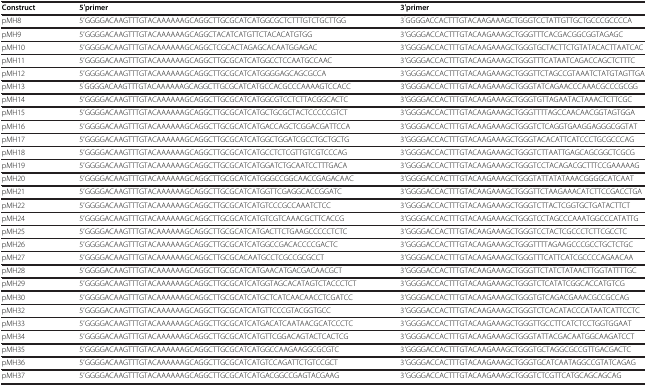
<table><thead><tr><td><b>Construct</b></td><td><b>5′primer</b></td><td><b>3′primer</b></td></tr></thead><tbody><tr><td>pMH8</td><td>5′GGGGACAAGTTTGTACAAAAAAGCAGGCTTGCGCATCATGGCGCTCTTTGTCTGCTTGG</td><td>3<sup>′</sup>GGGGACCACTTTGTACAAGAAAGCTGGGTCCTATTGTTGCTGCCCGCCCCA</td></tr><tr><td>pMH9</td><td>5′GGGGACAAGTTTGTACAAAAAAGCAGGCTACATCATGTTCTACACATGTGG</td><td>3′GGGGACCACTTTGTACAAGAAAGCTGGGTTTCACGACGGCGGTAGAGC</td></tr><tr><td>pMH10</td><td>5′GGGGACAAGTTTGTACAAAAAAGCAGGCTCGCACTAGAGCACAATGGAGAC</td><td>3′GGGGACCACTTTGTACAAGAAAGCTGGGTGCTACTTCTGTATACACTTAATCAC</td></tr><tr><td>pMH11</td><td>5′GGGGACAAGTTTGTACAAAAAAGCAGGCTTGCGCATCATGGCCTCCAATGCCAAC</td><td>3′GGGGACCACTTTGTACAAGAAAGCTGGGTTTCATAATCAGACCAGCTCTTTC</td></tr><tr><td>pMH12</td><td>5′GGGGACAAGTTTGTACAAAAAAGCAGGCTTGCGCATCATGGGGAGCAGCGCCA</td><td>3′GGGGACCACTTTGTACAAGAAAGCTGGGTTCTAGCCGTAAATCTATGTAGTTGA</td></tr><tr><td>pMH13</td><td>5<sup>′</sup>GGGGACAAGTTTGTACAAAAAAGCAGGCTTGCGCATCATGCCACGCCCAAAAGTCCACC</td><td>3′GGGGACCACTTTGTACAAGAAAGCTGGGTATCAGAACCCAAACGCCCGCGG</td></tr><tr><td>pMH14</td><td>5′GGGGACAAGTTTGTACAAAAAAGCAGGCTTGCGCATCATGGCGTCCTCTTACGGCACTC</td><td>3′GGGGACCACTTTGTACAAGAAAGCTGGGTGTTAGAATACTAAACTCTTCGC</td></tr><tr><td>pMH15</td><td>5′GGGGACAAGTTTGTACAAAAAAGCAGGCTTGCGCATCATGCTGCGCTACTCCCCCGTCT</td><td>3′GGGGACCACTTTGTACAAGAAAGCTGGGTTTTAGCCAACAACGGTAGTGGA</td></tr><tr><td>pMH16</td><td>5′GGGGACAAGTTTGTACAAAAAAGCAGGCTTGCGCATCATGACCAGCTCGGACGATTCCA</td><td>3′GGGGACCACTTTGTACAAGAAAGCTGGGTCTCAGGTGAAGGAGGGCGGTAT</td></tr><tr><td>pMH17</td><td>5′GGGGACAAGTTTGTACAAAAAAGCAGGCTTGCGCATCATGGCTGGATCGCCTGCTGCTG</td><td>3′GGGGACCACTTTGTACAAGAAAGCTGGGTACACATTCATCCCTGCGCCCAG</td></tr><tr><td>pMH18</td><td>5′GGGGACAAGTTTGTACAAAAAAGCAGGCTTGCGCATCATGCCTCTCGTTGTCGTCCCAG</td><td>3′GGGGACCACTTTGTACAAGAAAGCTGGGTCTTAATTGAGCAGCGGCTCGCG</td></tr><tr><td>pMH19</td><td>5′GGGGACAAGTTTGTACAAAAAAGCAGGCTTGCGCATCATGGATCTGCAATCCTTTGACA</td><td>3′GGGGACCACTTTGTACAAGAAAGCTGGGTCCTACAGACGCTTTCCGAAAAAG</td></tr><tr><td>pMH20</td><td>5′GGGGACAAGTTTGTACAAAAAAGCAGGCTTGCGCATCATGGGCCGGCAACCGAGACAAC</td><td>3′GGGGACCACTTTGTACAAGAAAGCTGGGTATTATATAAACGGGGCATCAAT</td></tr><tr><td>pMH21</td><td>5′GGGGACAAGTTTGTACAAAAAAGCAGGCTTGCGCATCATGGTTCGAGGCACCGGATC</td><td>3′GGGGACCACTTTGTACAAGAAAGCTGGGTTCTAAGAAACATCTTCCGACCTGA</td></tr><tr><td>pMH22</td><td>5′GGGGACAAGTTTGTACAAAAAAGCAGGCTTGCGCATCATGTCCCGCCAAATCTCC</td><td>3′GGGGACCACTTTGTACAAGAAAGCTGGGTCTTACTCGGTGCTGATACTTCT</td></tr><tr><td>pMH24</td><td>5′GGGGACAAGTTTGTACAAAAAAGCAGGCTTGCGCATCATGTCGTCAAACGCTTCACCG</td><td>3′GGGGACCACTTTGTACAAGAAAGCTGGGTCCTAGCCCAAATGGCCCATATTG</td></tr><tr><td>pMH25</td><td>5′GGGGACAAGTTTGTACAAAAAAGCAGGCTTGCGCATCATGACTTCTGAAGCCCCCTCTC</td><td>3′GGGGACCACTTTGTACAAGAAAGCTGGGTCCTACTCGCCCTCTTCGCCTC</td></tr><tr><td>pMH26</td><td>5′GGGGACAAGTTTGTACAAAAAAGCAGGCTTGCGCATCATGGCCGACACCCCGACTC</td><td>3′GGGGACCACTTTGTACAAGAAAGCTGGGTTTTAGAAGCCCGCCTGCTCTGC</td></tr><tr><td>pMH27</td><td>5′GGGGACAAGTTTGTACAAAAAAGCAGGCTTGCGCACAATGCCTCGCCGCGCCT</td><td>3′GGGGACCACTTTGTACAAGAAAGCTGGGTTTCATTCATCGCCCCAGAACAA</td></tr><tr><td>pMH28</td><td>5′GGGGACAAGTTTGTACAAAAAAGCAGGCTTGCGCATCATGAACATGACGACAACGCT</td><td>3′GGGGACCACTTTGTACAAGAAAGCTGGGTTCTATCTATAACTTGGTATTTTGC</td></tr><tr><td>pMH29</td><td>5′GGGGACAAGTTTGTACAAAAAAGCAGGCTTGCGCATCATGGTAGCACATAGTCTACCCTCT</td><td>3′GGGGACCACTTTGTACAAGAAAGCTGGGTCTCATATCGGCACCATGTCG</td></tr><tr><td>pMH30</td><td>5′GGGGACAAGTTTGTACAAAAAAGCAGGCTTGCGCATCATGCTCATCAACAACCTCGATCC</td><td>3′GGGGACCACTTTGTACAAGAAAGCTGGGTGTCAGACGAAACGCCGCCAG</td></tr><tr><td>pMH32</td><td>5′GGGGACAAGTTTGTACAAAAAAGCAGGCTTGCGCATCATGTTCCCGTACGGTGCC</td><td>3′GGGGACCACTTTGTACAAGAAAGCTGGGTCTCACATACCCATAATCATTCCTC</td></tr><tr><td>pMH33</td><td>5′GGGGACAAGTTTGTACAAAAAAGCAGGCTTGCGCATCATGACATCAATAACGCATCCCTC</td><td>3′GGGGACCACTTTGTACAAGAAAGCTGGGTTGCCTTCATCTCCTGGTGGAAT</td></tr><tr><td>pMH34</td><td>5′GGGGACAAGTTTGTACAAAAAAGCAGGCTTGCGCATCATGTTCGGACAGTACTCACTCG</td><td>3′GGGGACCACTTTGTACAAGAAAGCTGGGTATTACGACAATGGCAAGATCCT</td></tr><tr><td>pMH35</td><td>5′GGGGACAAGTTTGTACAAAAAAGCAGGCTTGCGCATCATGGCCAAGAAGGCGCGTC</td><td>3′GGGGACCACTTTGTACAAGAAAGCTGGGTGCTAGGCGCCGTTGACGACTC</td></tr><tr><td>pMH36</td><td>5′GGGGACAAGTTTGTACAAAAAAGCAGGCTTGCGCATCATGTCCAGATTCTGTCCGCT</td><td>3′GGGGACCACTTTGTACAAGAAAGCTGGGTGCATCAATAGGCCGTATCAGAG</td></tr><tr><td>pMH37</td><td>5′GGGGACAAGTTTGTACAAAAAAGCAGGCTTGCGCATCATGACGGCCGAGTACGAAG</td><td>3′GGGGACCACTTTGTACAAGAAAGCTGGGTCTCGTTCATGCAGCAGCAG</td></tr></tbody></table>